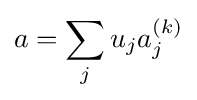
a=\sum _{j}u_{j}a_{j}^{(k)}